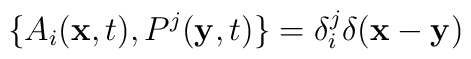
\{ A_i({\bf x},t),P^j({\bf y},t)\}=\delta^j_i \delta({\bf x}-{\bf y})